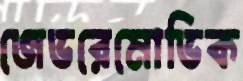
জেভরেমোভিক